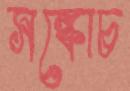
সঙ্কোচ